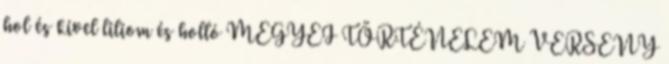
hol és kivel liliom és holló MEGYEI TÖRTÉNELEM VERSENY